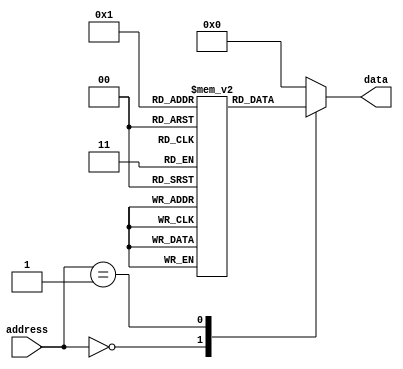
module anti_fuse_rom (
  input wire [7:0] address,
  output reg [7:0] data
);
  
  reg [7:0] memory[0:255]; // 256 memory blocks with 8 bits each
  
  initial begin
    // Initialize memory blocks with desired data
    memory[0] = 8'b00000000;
    memory[1] = 8'b00000001;
    // Add more memory blocks as needed
    
    // Initialize data output
    data = 8'b0;
  end
  
  always @(*) begin
    // Read data from memory based on address input
    case(address)
      8'd0: data = memory[0];
      8'd1: data = memory[1];
      // Add more cases for additional memory blocks
      default: data = 8'b0; // Default output if address is out of range
    endcase
  end

endmodule